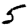
Digit: 5